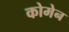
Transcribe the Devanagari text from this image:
कोमेन